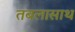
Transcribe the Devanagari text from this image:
तबलासाथ